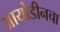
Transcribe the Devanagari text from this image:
आयोडीनचा